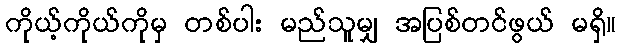
ကိုယ့်ကိုယ်ကိုမှ တစ်ပါး မည်သူမျှ အပြစ်တင်ဖွယ် မရှိ။